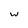
Character: w